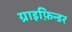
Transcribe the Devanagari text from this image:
ग्राइफ़िन्डर